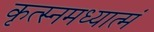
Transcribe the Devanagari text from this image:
कृत्स्नमध्यात्मं